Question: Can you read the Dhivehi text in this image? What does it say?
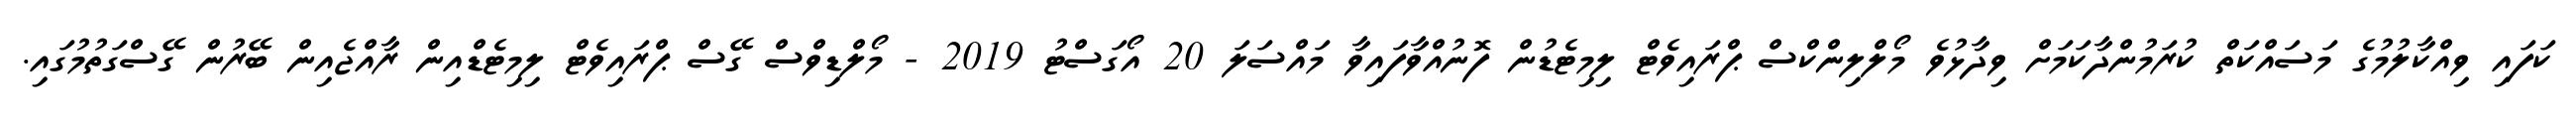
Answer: ކަފައި ވިއްކާލުމުގެ މަސައްކަތް ކުރަމުންދާކަމަށް ވިދާޅުވެ މޯލްލިންކްސް ޕްރައިވެޓް ލިމިޓެޑުން ފޮނުއްވާފައިވާ މައްސަލަ 20 އޯގަސްޓު 2019 - މޯލްޑިވްސް ގޭސް ޕްރައިވެޓް ލިމިޓެޑްއިން ރާއްޖެއިން ބޭރުން ގޭސްގަތުމުގައި.